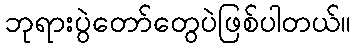
ဘုရားပွဲတော်တွေပဲဖြစ်ပါတယ်။